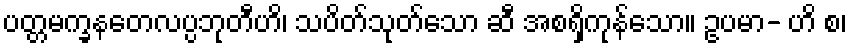
ပတ္တမက္ခနတေလပ္ပဘုတီဟိ၊ သပိတ်သုတ်သော ဆီ အစရှိကုန်သော။ ဥပမာ- ဟိ စ၊